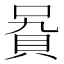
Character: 𧵞